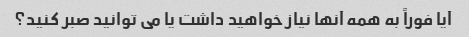
آیا فوراً به همه آنها نیاز خواهید داشت یا می توانید صبر کنید؟